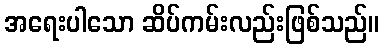
အရေးပါသော ဆိပ်ကမ်းလည်းဖြစ်သည်။